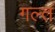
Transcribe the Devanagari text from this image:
गल्त